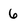
Character: 6